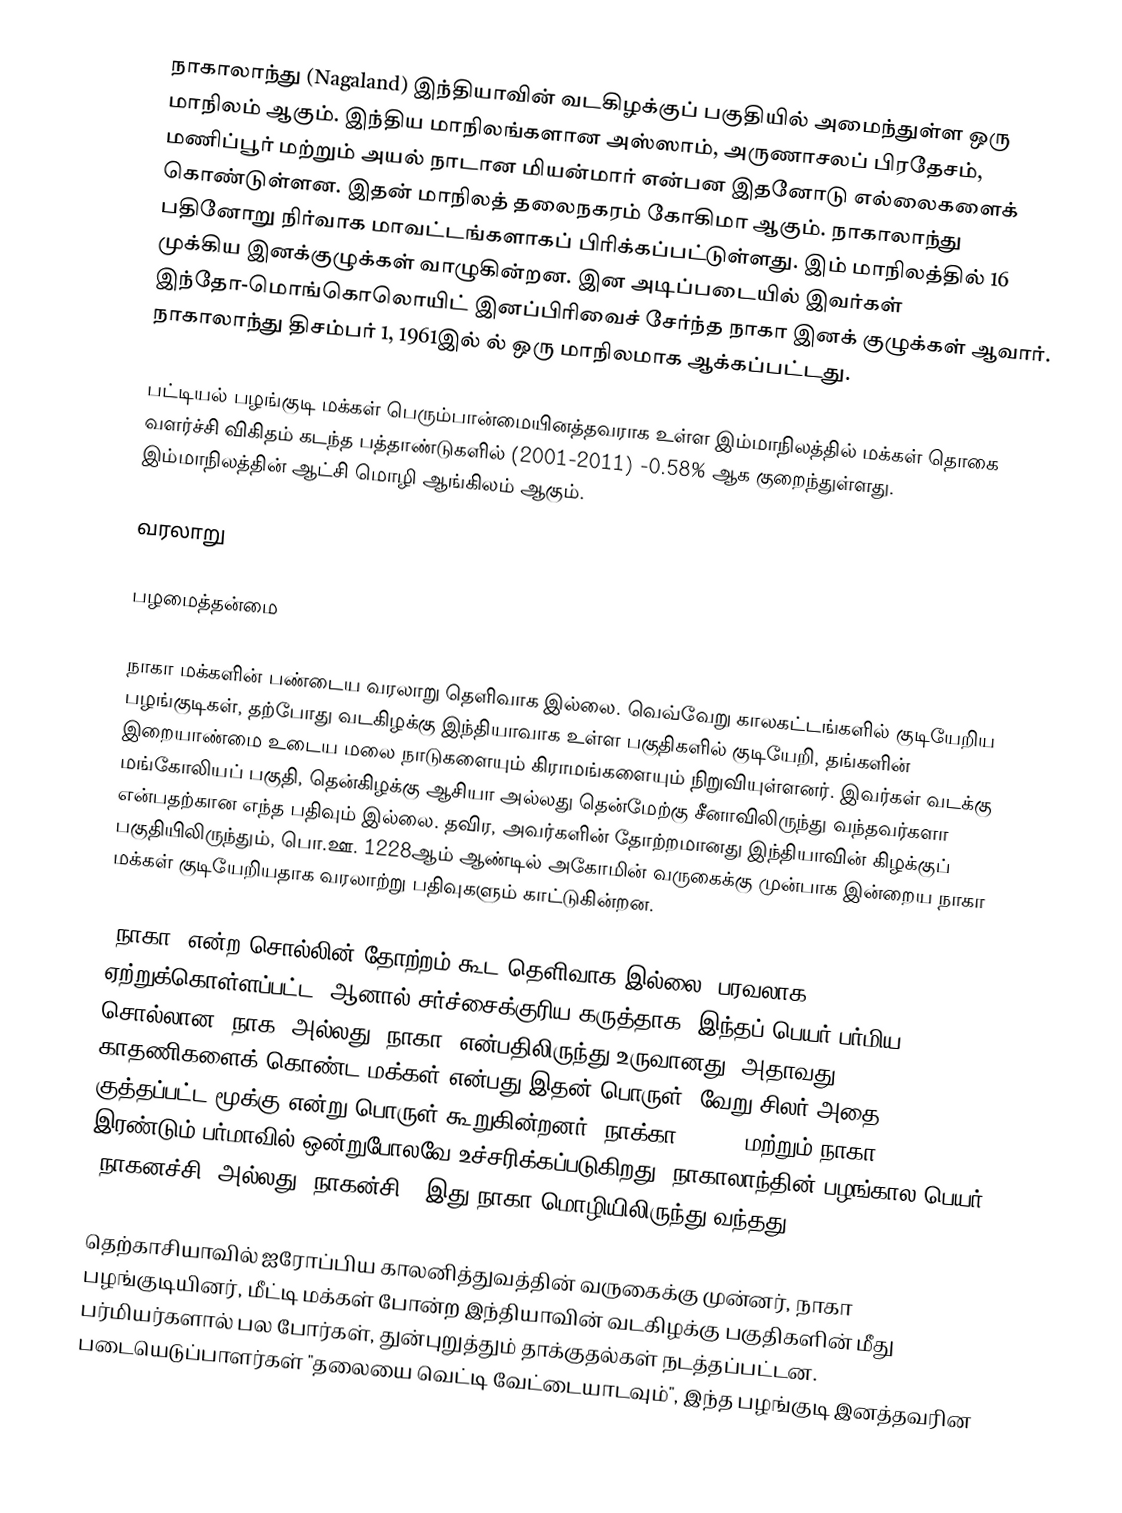
நாகாலாந்து (Nagaland) இந்தியாவின் வடகிழக்குப் பகுதியில் அமைந்துள்ள ஒரு மாநிலம் ஆகும். இந்திய மாநிலங்களான அஸ்ஸாம், அருணாசலப் பிரதேசம், மணிப்பூர் மற்றும் அயல் நாடான மியன்மார் என்பன இதனோடு எல்லைகளைக் கொண்டுள்ளன. இதன் மாநிலத் தலைநகரம் கோகிமா ஆகும். நாகாலாந்து பதினோறு நிர்வாக மாவட்டங்களாகப் பிரிக்கப்பட்டுள்ளது. இம் மாநிலத்தில் 16 முக்கிய இனக்குழுக்கள் வாழுகின்றன. இன அடிப்படையில் இவர்கள் இந்தோ-மொங்கொலொயிட் இனப்பிரிவைச் சேர்ந்த நாகா இனக் குழுக்கள் ஆவார். நாகாலாந்து திசம்பர் 1, 1961இல் ல் ஒரு மாநிலமாக ஆக்கப்பட்டது.

பட்டியல் பழங்குடி மக்கள் பெரும்பான்மையினத்தவராக உள்ள இம்மாநிலத்தில் மக்கள் தொகை வளர்ச்சி விகிதம் கடந்த பத்தாண்டுகளில் (2001-2011) -0.58% ஆக குறைந்துள்ளது. இம்மாநிலத்தின் ஆட்சி மொழி ஆங்கிலம் ஆகும்.

வரலாறு

பழமைத்தன்மை

நாகா மக்களின் பண்டைய வரலாறு தெளிவாக இல்லை. வெவ்வேறு காலகட்டங்களில் குடியேறிய பழங்குடிகள், தற்போது வடகிழக்கு இந்தியாவாக உள்ள பகுதிகளில் குடியேறி, தங்களின் இறையாண்மை உடைய மலை நாடுகளையும் கிராமங்களையும் நிறுவியுள்ளனர். இவர்கள் வடக்கு மங்கோலியப் பகுதி, தென்கிழக்கு ஆசியா அல்லது தென்மேற்கு சீனாவிலிருந்து வந்தவர்களா என்பதற்கான எந்த பதிவும் இல்லை. தவிர, அவர்களின் தோற்றமானது இந்தியாவின் கிழக்குப் பகுதியிலிருந்தும், பொ.ஊ. 1228ஆம் ஆண்டில் அகோமின் வருகைக்கு முன்பாக இன்றைய நாகா மக்கள் குடியேறியதாக வரலாற்று பதிவுகளும் காட்டுகின்றன.

'நாகா' என்ற சொல்லின் தோற்றம் கூட தெளிவாக இல்லை. பரவலாக ஏற்றுக்கொள்ளப்பட்ட, ஆனால் சர்ச்சைக்குரிய கருத்தாக, இந்தப் பெயர் பர்மிய சொல்லான 'நாக' அல்லது 'நாகா' என்பதிலிருந்து உருவானது, அதாவது காதணிகளைக் கொண்ட மக்கள் என்பது இதன் பொருள். வேறு சிலர் அதை குத்தப்பட்ட மூக்கு என்று பொருள் கூறுகின்றனர். நாக்கா (naka) மற்றும் நாகா (naga) இரண்டும் பர்மாவில் ஒன்றுபோலவே உச்சரிக்கப்படுகிறது. நாகாலாந்தின் பழங்கால பெயர் 'நாகனச்சி' அல்லது 'நாகன்சி', இது நாகா மொழியிலிருந்து வந்தது.

தெற்காசியாவில் ஐரோப்பிய காலனித்துவத்தின் வருகைக்கு முன்னர், நாகா பழங்குடியினர், மீட்டி மக்கள் போன்ற இந்தியாவின் வடகிழக்கு பகுதிகளின் மீது பர்மியர்களால் பல போர்கள், துன்புறுத்தும் தாக்குதல்கள் நடத்தப்பட்டன. படையெடுப்பாளர்கள் "தலையை வெட்டி வேட்டையாடவும்", இந்த பழங்குடி இனத்தவரின